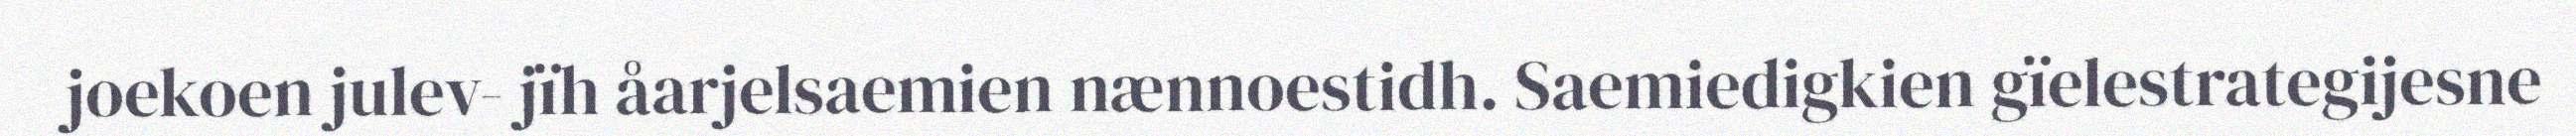
joekoen julev- jïh åarjelsaemien nænnoestidh. Saemiedigkien gïelestrategijesne